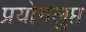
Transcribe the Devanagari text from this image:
प्रयोगलुप्त